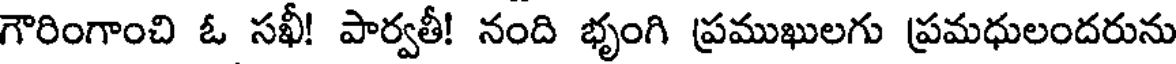
గౌరింగాంచి ఓ సఖీ! పార్వతీ! నంది భృంగి ప్రముఖులగు ప్రమధులందరును